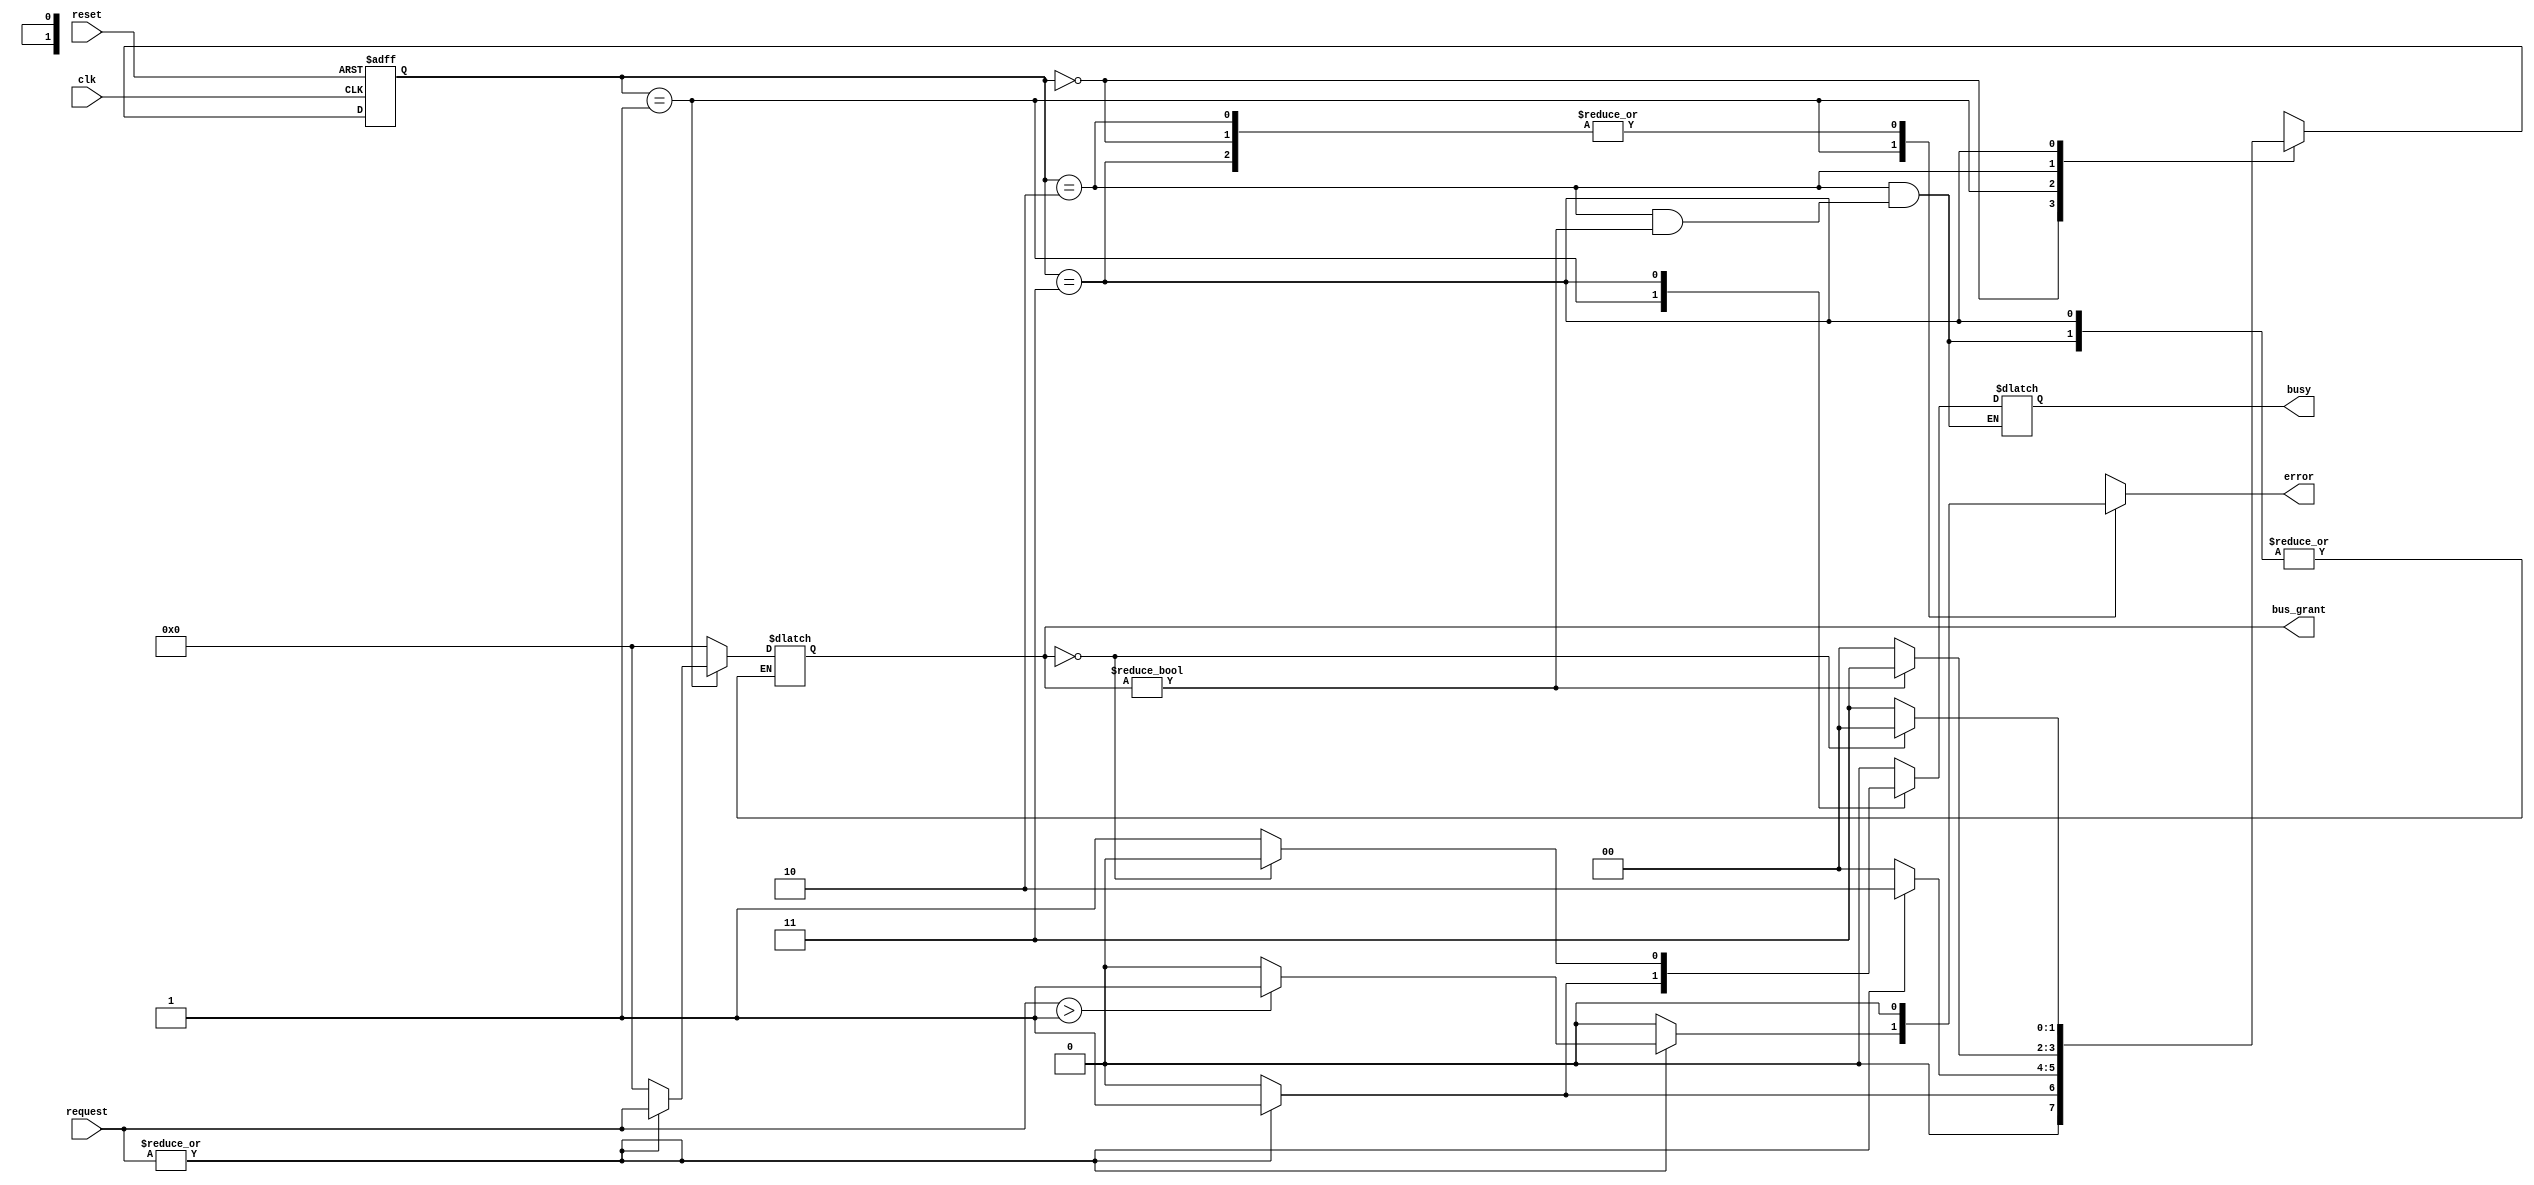
module BusController (
    input wire clk,                // Clock signal
    input wire reset,              // Reset signal
    input wire [N-1:0] request,    // Request signals from devices (N devices)
    output reg [N-1:0] bus_grant,   // Bus grant signal indicating which device has access
    output reg busy,               // Busy signal indicating bus usage
    output reg error               // Error signal for conflict detection
);

parameter N = 4;                  // Number of devices
parameter IDLE = 2'b00;          // State encoding
parameter REQUEST = 2'b01;
parameter GRANT = 2'b10;
parameter RELEASE = 2'b11;

reg [1:0] state;                 // Current state
reg [1:0] next_state;            // Next state

// State transition logic
always @(posedge clk or posedge reset) begin
    if (reset) begin
        state <= IDLE;            // Reset to IDLE state
    end else begin
        state <= next_state;      // Transition to next state
    end
end

// Next state logic
always @(*) begin
    case (state)
        IDLE: begin
            if (|request) begin    // If any request is active
                next_state = REQUEST;
                error = 1'b0;      // No error in IDLE
            end else begin
                next_state = IDLE;
                error = 1'b0;      // No error in IDLE
            end
            bus_grant = 0;         // No bus grant in IDLE
            busy = 1'b0;           // Bus is not busy
        end
        
        REQUEST: begin
            // Simple priority handling: grant to the highest priority device (lowest index)
            if (|request) begin
                bus_grant = request; // Grant to the requesting device
                next_state = GRANT;
                busy = 1'b1;         // Bus is busy
                error = (request > 1'b1) ? 1'b1 : 1'b0; // Error if multiple requests
            end else begin
                next_state = IDLE;   // If no request, return to IDLE
                bus_grant = 0;
                busy = 1'b0;
                error = 1'b0;
            end
        end
        
        GRANT: begin
            // Grant state, waiting for the device to release the bus
            if (bus_grant != 0) begin
                next_state = RELEASE; // Move to RELEASE state
                error = 1'b0;         // No error in GRANT
            end else begin
                next_state = IDLE;    // If no grant, return to IDLE
                bus_grant = 0;
                busy = 1'b0;
                error = 1'b0;
            end
        end
        
        RELEASE: begin
            // Check if the device has released the bus
            if (bus_grant == 0) begin
                next_state = IDLE;    // Return to IDLE state
                busy = 1'b0;          // Bus is not busy
                error = 1'b0;         // No error in RELEASE
            end else begin
                next_state = RELEASE; // Stay in RELEASE state until bus is released
                busy = 1'b1;           // Bus is still busy
                error = 1'b0;         // No error in RELEASE
            end
        end
        
        default: begin
            next_state = IDLE;        // Default to IDLE state
            bus_grant = 0;
            busy = 1'b0;
            error = 1'b0;
        end
    endcase
end

endmodule